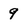
Character: 9